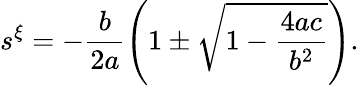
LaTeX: s^{\xi}=-\frac{b}{2a}\left(1\pm\sqrt{1-\frac{4ac}{b^{2}}}\right).